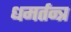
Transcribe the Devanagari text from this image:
धमर्तन्त्र